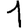
Digit: 1